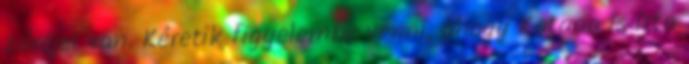
zárójel van. Kéretik figyelembe venni, ahogy Kataaa is írta